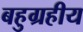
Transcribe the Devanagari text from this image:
बहुग्रहीय